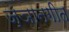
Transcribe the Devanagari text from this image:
ज्ञानगीत